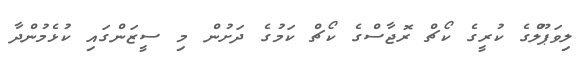
ލިވަޕޫލްގެ ކުރީގެ ކޯޗް ރޮޖާސްގެ ކޯޗް ކަމުގެ ދަށުން މި ސީޒަންގައި ކުޅެމުންދާ